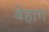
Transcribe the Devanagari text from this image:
बेहाग